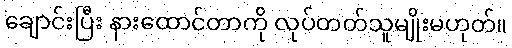
ချောင်းပြီး နားထောင်တာကို လုပ်တတ်သူမျိုးမဟုတ်။